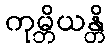
ကုမ္ဘိယန္တိ